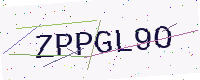
Text: ZPPGL9O